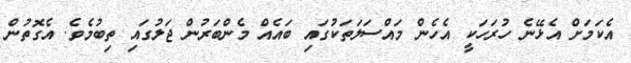
އެކަމަށް އެޅޭނެ ހުރަހަކީ އެހެން މައްސަލަތަކުގައި ބައެއް މެންބަރުން ޖަލުގައި ތިބުމެވެ. އެގޮތުން